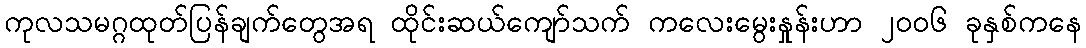
ကုလသမဂ္ဂထုတ်ပြန်ချက်တွေအရ ထိုင်းဆယ်ကျော်သက် ကလေးမွေးနှုန်းဟာ ၂၀၀၆ ခုနှစ်ကနေ